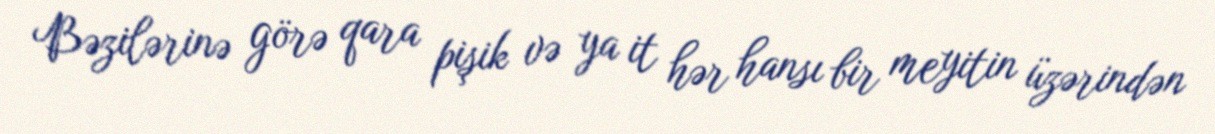
Bəzilərinə görə qara pişik və ya it hər hansı bir meyitin üzərindən